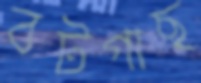
বটগাছ